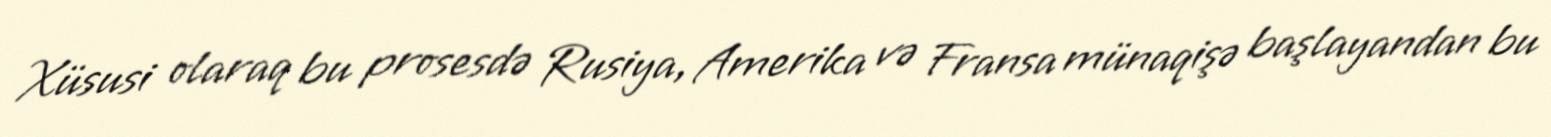
Xüsusi olaraq bu prosesdə Rusiya, Amerika və Fransa münaqişə başlayandan bu